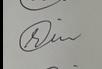
Signature authenticity: genuine